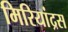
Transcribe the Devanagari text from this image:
मिरियांद्रस